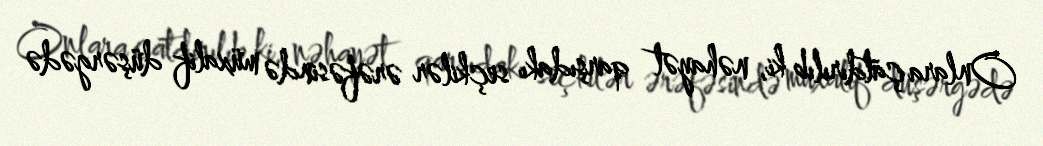
Onlara çatdırılıb ki, nəhayət qarşıdakı seçkilər ərəfəsində müxalif düşərgədə